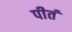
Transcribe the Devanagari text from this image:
पीतं